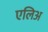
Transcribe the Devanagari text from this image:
एलिअ